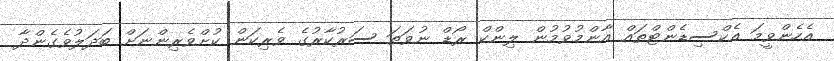
އެހެންވީމަ އެކްސިޑެންޓްތައް އާންމުވުމުން ލިންކް ރޯޑް ނުވަތަ ސަރުކާރުގެ ވެރިކަން ކުށްވެރިންނަށް ބަދަލުވެގެންދާ